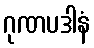
ဂုဏပဒါနံ